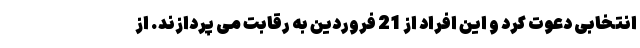
انتخابی دعوت کرد و این افراد از 21 فروردین به رقابت می پردازند. از